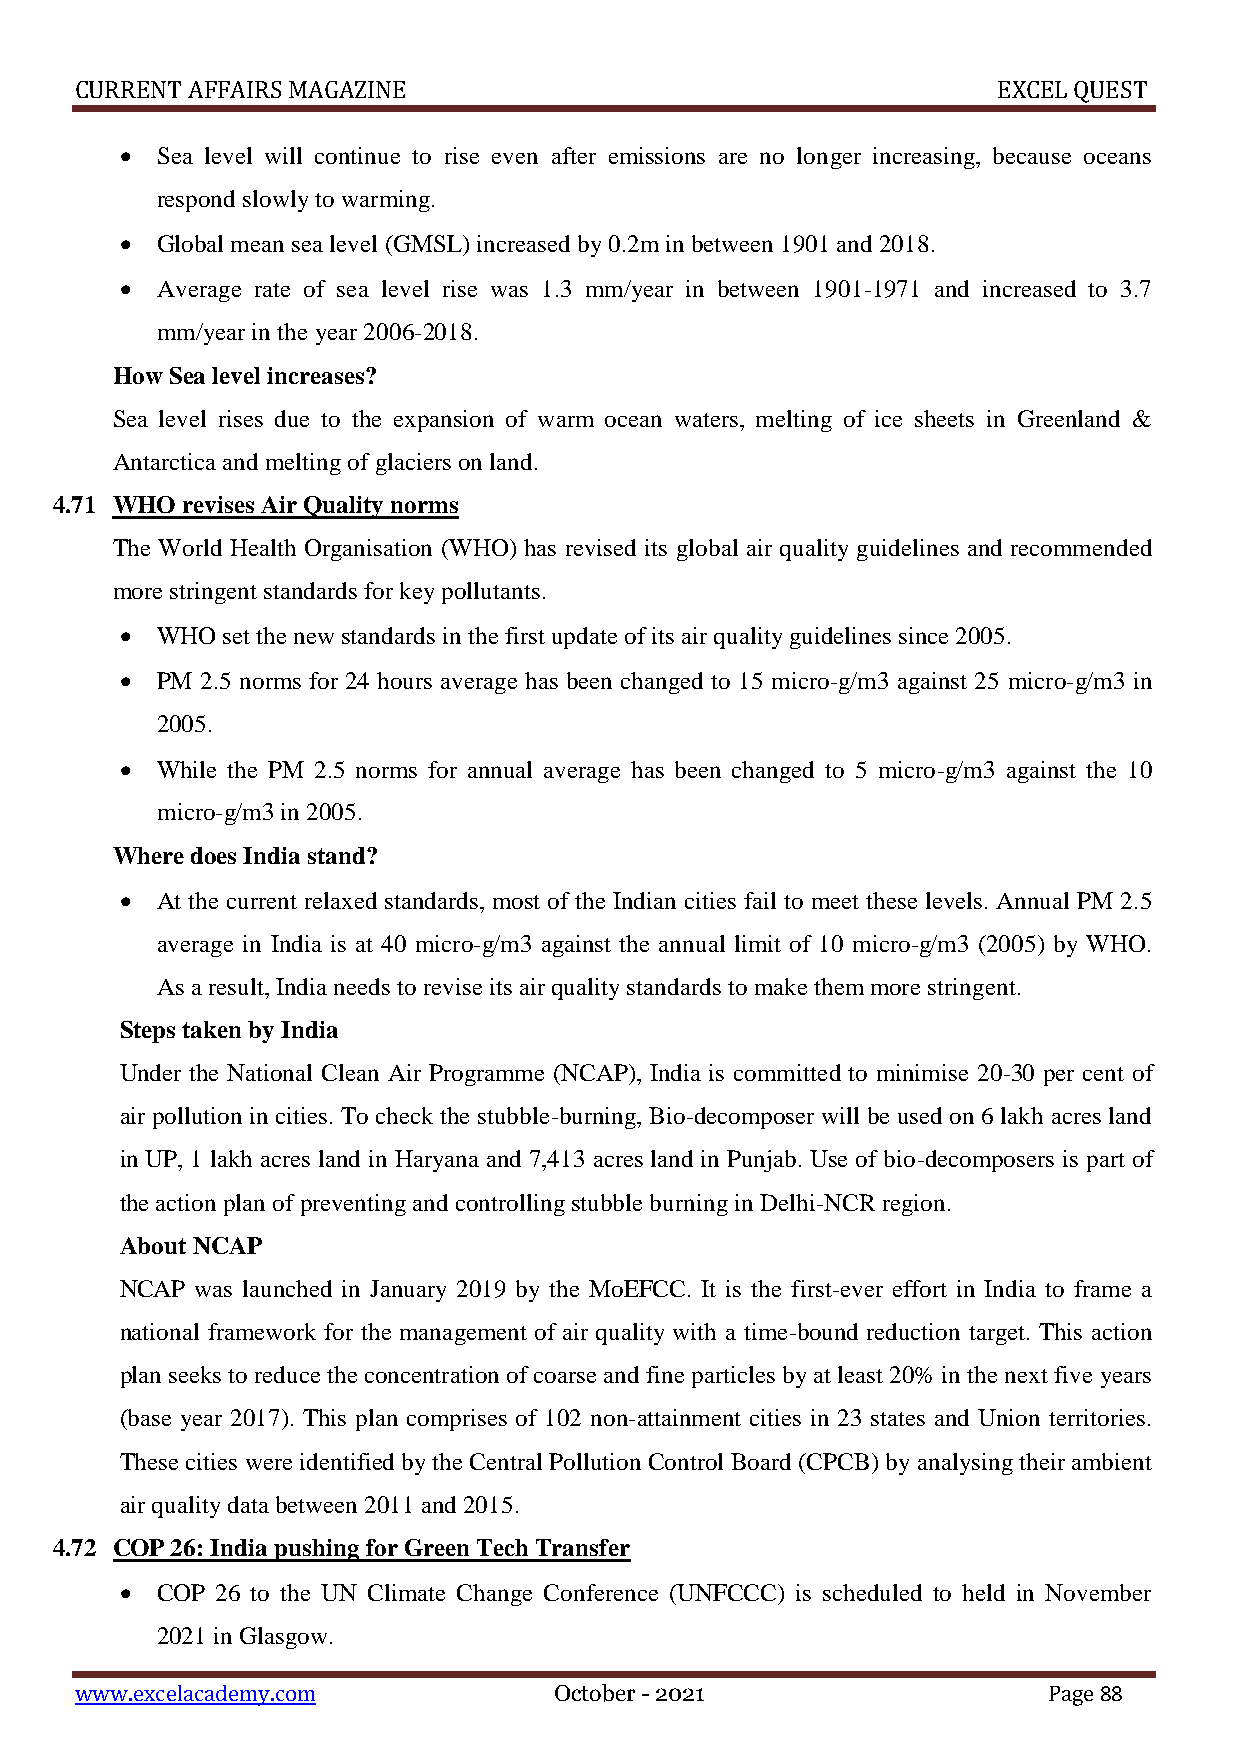
CURRENT AFFAIRS MAGAZINE                                     EXCEL QUEST
  Sea level will continue to rise even after emissions are no longer increasing, because oceans
 respond slowly to warming.
  Global mean sea level (GMSL) increased by 0.2m in between 1901 and 2018.
  Average rate of sea level rise was 1.3 mm/year in between 1901-1971 and increased to 3.7
 mm/year in the year 2006-2018.
 How Sea level increases?
 Sea level rises due to the expansion of warm ocean waters, melting of ice sheets in Greenland &
 Antarctica and melting of glaciers on land.
 4.71 WHO revises Air Quality norms
 The World Health Organisation (WHO) has revised its global air quality guidelines and recommended
 more stringent standards for key pollutants.
  WHO  set the new standards in the first update of its air quality guidelines since 2005.
  PM 2.5 norms for 24 hours average has been changed to 15 micro-g/m3 against 25 micro-g/m3 in
 2005.
  While the PM 2.5 norms for annual average has been changed to 5 micro-g/m3 against the 10
 micro-g/m3 in 2005.
 Where does India stand?
  At the current relaxed standards, most of the Indian cities fail to meet these levels. Annual PM 2.5
 average in India is at 40 micro-g/m3 against the annual limit of 10 micro-g/m3 (2005) by WHO.
 As a result, India needs to revise its air quality standards to make them more stringent.
 Steps taken by India
 Under the National Clean Air Programme (NCAP), India is committed to minimise 20-30 per cent of
 air pollution in cities. To check the stubble-burning, Bio-decomposer will be used on 6 lakh acres land
 in UP, 1 lakh acres land in Haryana and 7,413 acres land in Punjab. Use of bio-decomposers is part of
 the action plan of preventing and controlling stubble burning in Delhi-NCR region.
 About NCAP
 NCAP was launched in January 2019 by the MoEFCC. It is the first-ever effort in India to frame a
 national framework for the management of air quality with a time-bound reduction target. This action
 plan seeks to reduce the concentration of coarse and fine particles by at least 20% in the next five years
 (base year 2017). This plan comprises of 102 non-attainment cities in 23 states and Union territories.
 These cities were identified by the Central Pollution Control Board (CPCB) by analysing their ambient
 air quality data between 2011 and 2015.
 4.72 COP 26: India pushing for Green Tech Transfer
  COP 26 to the UN Climate Change Conference (UNFCCC) is scheduled to held in November
 2021 in Glasgow.
 www.excelacademy.com            October - 2021                  Page 88